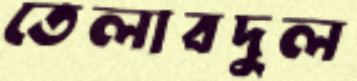
তেলাবদুল